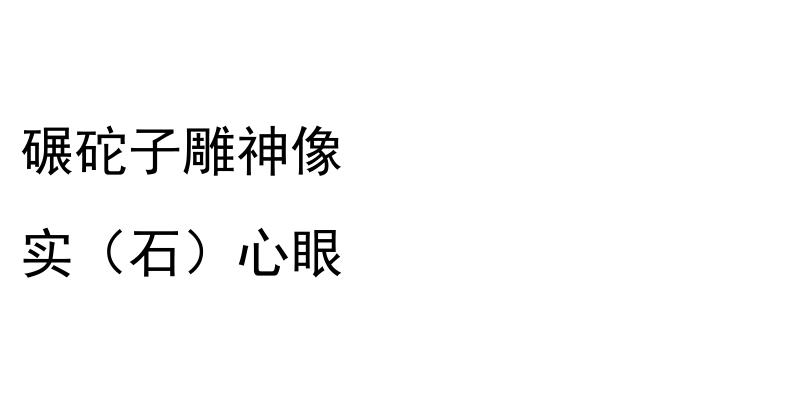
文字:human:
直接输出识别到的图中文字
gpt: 碾砣子雕神像 实（石）心眼